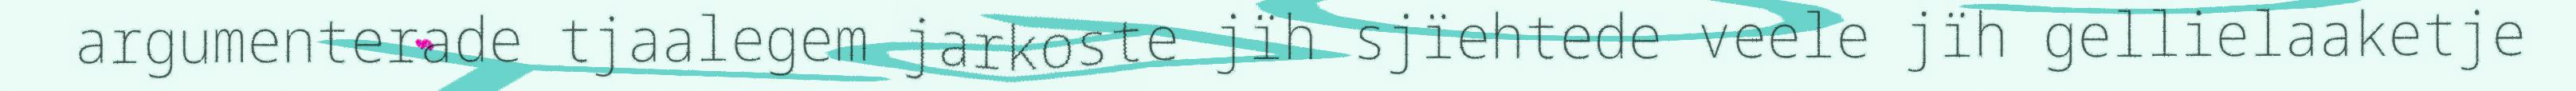
argumenterade tjaalegem jarkoste jïh sjïehtede veele jïh gellielaaketje